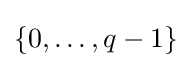
\left\{0,\dots ,q-1\right\}